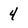
Character: 4